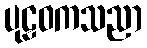
ပုဠဝကသညာ